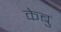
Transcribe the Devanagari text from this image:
केबु